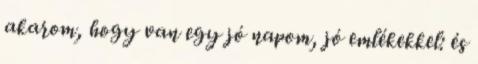
akarom, hogy van egy jó napom, jó emlékekkel: és